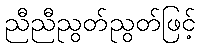
ညီညီညွတ်ညွတ်ဖြင့်